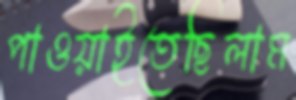
পাওয়াইতেছিলাম